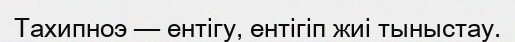
Тахипноэ — ентігу, ентігіп жиі тыныстау.